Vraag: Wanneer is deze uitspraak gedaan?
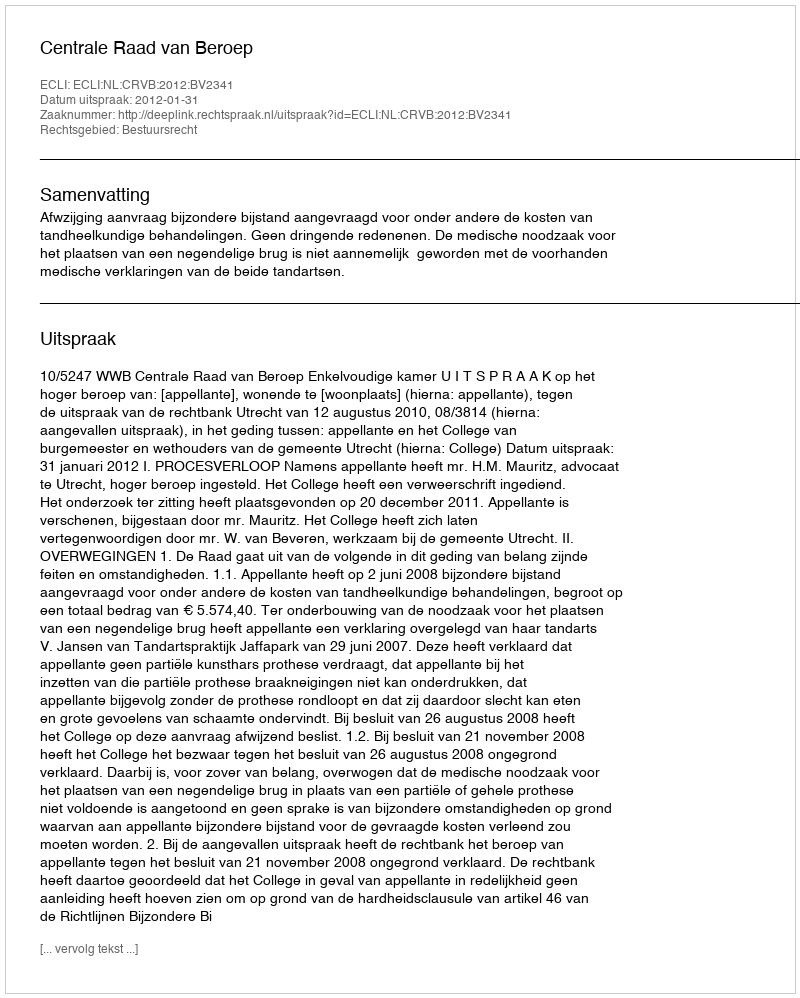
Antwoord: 2012-01-31